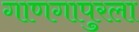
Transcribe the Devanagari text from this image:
गाणगापुरला